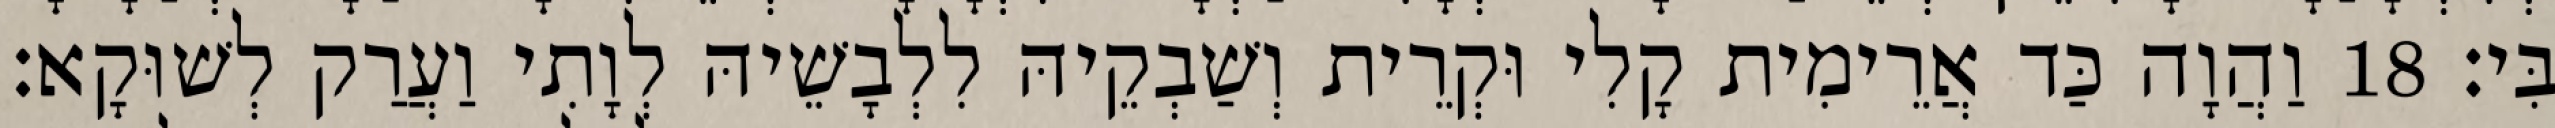
בִּי׃ 18 וַהֲוָה כַּד אֲרֵימִית קָלִי וּקְרֵית וְשַׁבְקֵיהּ לִלְבָשֵׁיהּ לְוָתִי וַעֲרַק לְשׁוּקָא׃